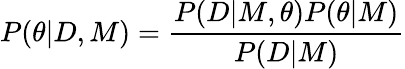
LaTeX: P(\theta|D,M)=\frac{P(D|M,\theta)P(\theta|M)}{P(D|M)}